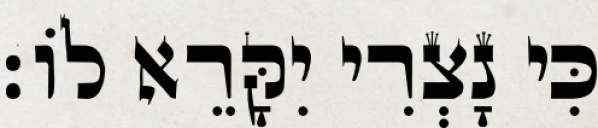
כִּי נָצְרִי יִקָּרֵא לוֹ׃